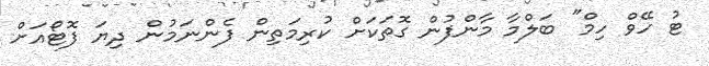
ޓު ހޭވް ހިމް" ބަލްމާ މާންފުން ގޮތަކަށް ކުރިމަތިން ފެންނަމުން ދިޔަ ފޮޓޯއަށް